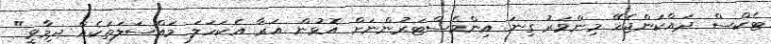
ޓެކްސް ދައްކަންޖެހޭ މިންވަރު ގިނަ އިންވެސްޓަރުންނަށް އޮޅުން އަރާ އެކަހަލަ މައްސަލަތަކެއް ދިމާވީ"